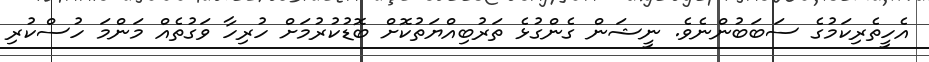
އެހީތެރިކަމުގެ ސަބަބުންނެވެ. ނީޝަން ގެންގުޅެ ތަރުބިއްޔަތުކޮށް ބޮޑުކުރުމަށް ހުރިހާ ވަގުތެއް މަންމަ ހުސްކުރި